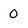
Character: 0